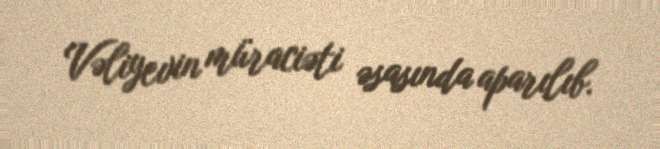
Vəliyevin müraciəti əsasında aparılıb.